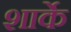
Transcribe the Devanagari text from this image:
शार्के